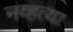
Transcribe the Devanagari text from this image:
नव्‍हत्‍या